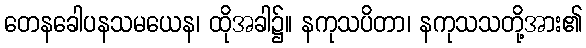
တေနခေါပနသမယေန၊ ထိုအခါ၌။ နကုသပိတာ၊ နကုသသတို့အား၏